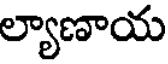
ల్యాణాయ